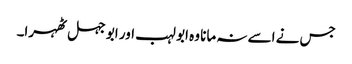
جس نے اسے نہ مانا وہ ابو لہب اور ابو جہل ٹھہرا۔